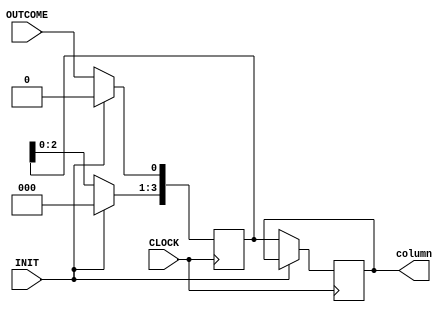
module GBH (
  input CLOCK,
  input INIT,
  input OUTCOME,
  output reg [3:0] column
);
  reg [3:0] temp;

  always @(posedge CLOCK) begin
    if (INIT) begin
      temp <= 4'b0000;
    end else begin
      column <= temp;
      temp[3:1] <= temp[2:0];
      temp[0] <= OUTCOME;
    end
  end

endmodule